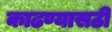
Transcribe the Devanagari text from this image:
काढण्यासठी